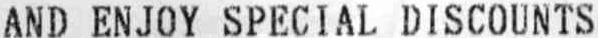
AND ENJOY SPECIAL DISCOUNTS